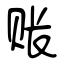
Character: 账